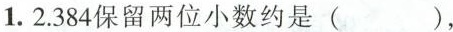
1.2.384保留两位小数约是( )，